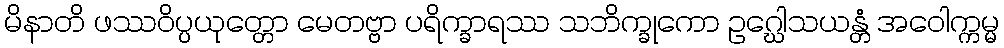
မိနာတိ ဖဿဝိပ္ပယုတ္တော မေတဗ္ဗာ ပရိက္ခာရဿ သဘိက္ခုကော ဥဂ္ဃေါသယန္တံ အဝေါက္ကမ္မ